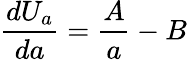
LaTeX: \frac{dU_{a}}{da}=\frac{A}{a}-B